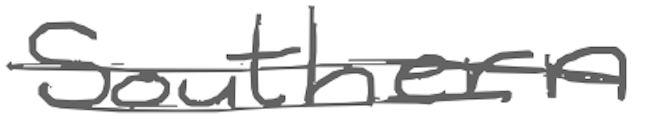
Text: Southern
Cross-out: double-line
Writing tool: digital_gray